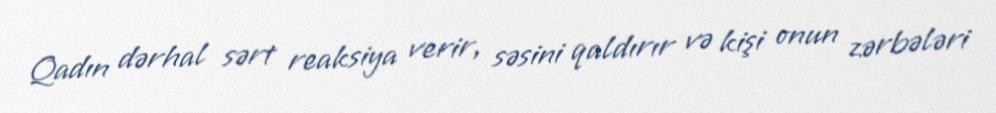
Qadın dərhal sərt reaksiya verir, səsini qaldırır və kişi onun zərbələri